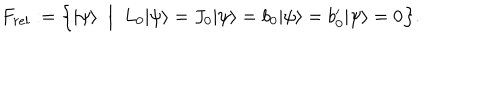
LaTeX: F _ { r e l } : = \Big \{ | \psi \rangle \; \; \Big | \; \; L _ { 0 } | \psi \rangle = J _ { 0 } | \psi \rangle = b _ { 0 } | \psi \rangle = b _ { 0 } ^ { \prime } | \psi \rangle = 0 \Big \} .